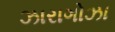
ઝારાગોઝા